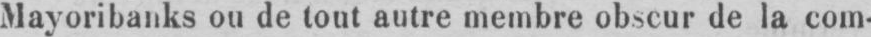
Mayoribanks ou de tout autre membre obscur de la com-